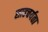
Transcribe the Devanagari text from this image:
साहचर्यता